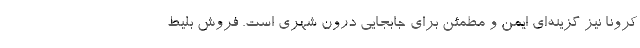
کرونا نیز گزینه‌ای ایمن و مطمئن برای جابجایی درون شهری است. فروش بلیط